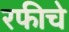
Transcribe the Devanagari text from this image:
रफीचे